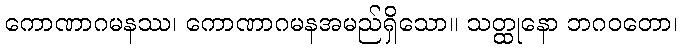
ကောဏာဂမနဿ၊ ကောဏာဂမနအမည်ရှိသော။ သတ္ထုနော ဘဂဝတော၊